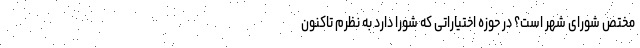
مختص شورای شهر است؟ در حوزه اختیاراتی که شورا دارد به نظرم تاکنون